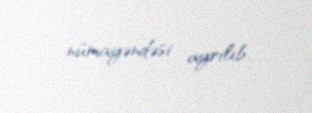
nümayəndəsi ayrılıb.